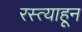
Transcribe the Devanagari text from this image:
रस्त्याहून